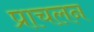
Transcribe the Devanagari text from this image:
प्राचलन